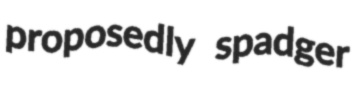
proposedly spadger